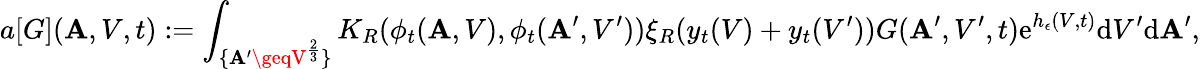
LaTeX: a[G](\mathbf{A},V,t):=\int_{\{ \mathbf{A}^{\prime}\geqV^{\frac{{2}}{{3}}}\} }K_{R}(\phi_{t}(\mathbf{A},V),\phi_{t}(\mathbf{A}^{\prime},V^{\prime}))\xi_{R}(y_{t}(V)+y_{t}(V^{\prime}))G(\mathbf{A}^{\prime},V^{\prime},t)\textup{{e}}^{h_{\epsilon}(V,t)}\textup{{d}}V^{\prime}\textup{{d}}\mathbf{A}^{\prime},